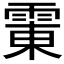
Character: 𱁛